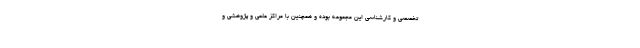
تخصصی و کارشناسی این مجموعه بوده و همچنین با مراکز علمی و پژوهشی و